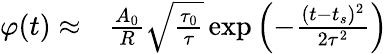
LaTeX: \begin{array}{rl}{\varphi(t)\approx}&{{}\frac{A_{0}}{R}\sqrt{\frac{\tau_{0}}{\tau}}\exp{\left(-\frac{(t-t_{s})^{2}}{2\tau^{2}}\right)}}\end{array}